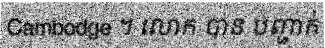
Cambodge ។ លោក បាន បញ្ជាក់